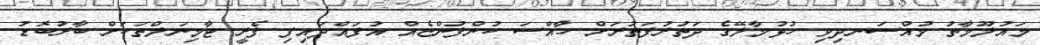
މައުލޫމާތު މުއްސަނދިވި ހުޅުމާލޭގެ ދަތުރުފަތުރަށް ހާއްސަ ކުންފުންޏެއް އުފައްދައިފި ފެރީ ޓާމިނަލްތަކަށް ބާރުބޮޑު